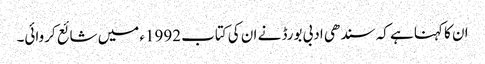
ان کا کہنا ہے کہ سندھی ادبی بورڈ نے ان کی کتاب 1992ء میں شائع کروائی۔